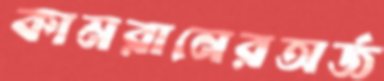
কামরানেরঅর্জ